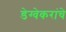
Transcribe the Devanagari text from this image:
डेग्वेकरांचे